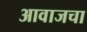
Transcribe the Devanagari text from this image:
आवाजचा